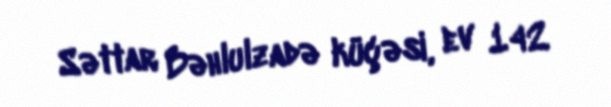
Səttar Bəhlulzadə küçəsi, ev 142